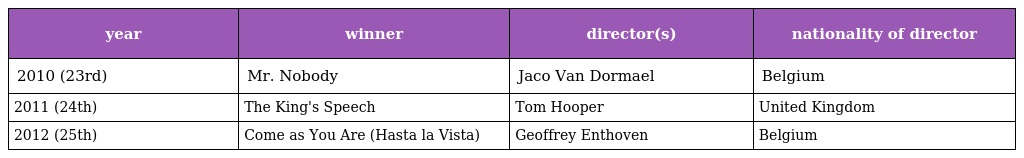
| year | winner | director(s) | nationality of director |
 | --- | --- | --- | --- |
 | 2010 (23rd) | Mr. Nobody | Jaco Van Dormael | Belgium |
 | 2011 (24th) | The King's Speech | Tom Hooper | United Kingdom |
 | 2012 (25th) | Come as You Are (Hasta la Vista) | Geoffrey Enthoven | Belgium |